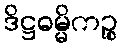
ဒိဋ္ဌဓမ္မိကဉ္စ